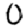
Digit: 0